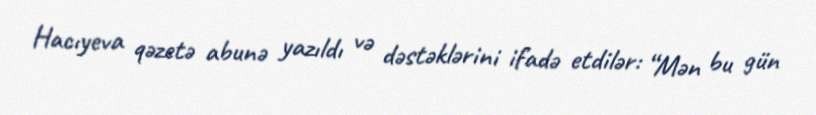
Hacıyeva qəzetə abunə yazıldı və dəstəklərini ifadə etdilər: “Mən bu gün